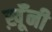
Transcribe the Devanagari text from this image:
ख़ूँनी